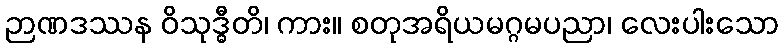
ဉာဏဒဿန ဝိသုဒ္ဓီတိ၊ ကား။ စတုအရိယမဂ္ဂမပညာ၊ လေးပါးသော